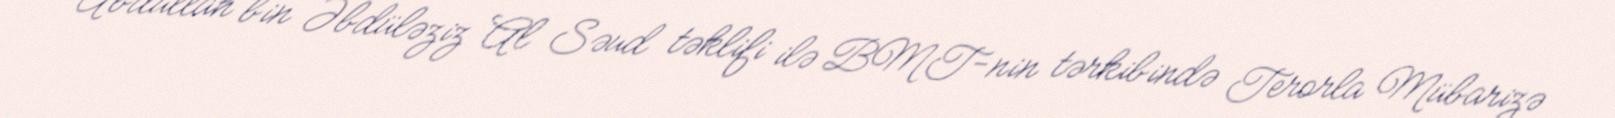
Abdullah bin Əbdüləziz Al Səud təklifi ilə BMT-nin tərkibində Terorla Mübarizə